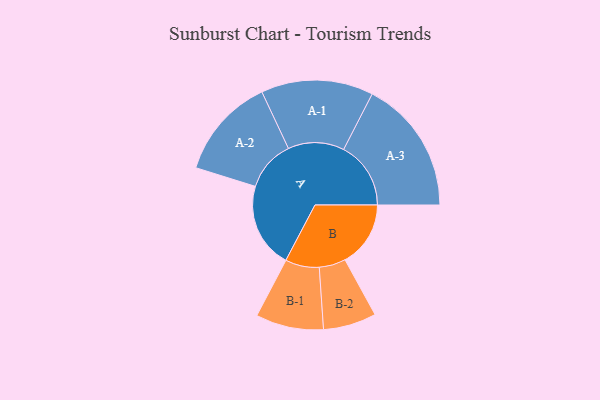
{"axis": {"x": "Segment", "y": "Value"}, "legend": ["", "A", "B"], "data": [{"x": "A", "y": 369, "type": ""}, {"x": "B", "y": 284, "type": ""}, {"x": "A-1", "y": 243, "type": "A"}, {"x": "A-2", "y": 220, "type": "A"}, {"x": "A-3", "y": 291, "type": "A"}, {"x": "B-1", "y": 147, "type": "B"}, {"x": "B-2", "y": 115, "type": "B"}]}